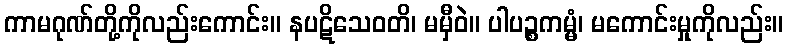
ကာမဂုဏ်တို့ကိုလည်းကောင်း။ နပဋိသေဝတိ၊ မမှီဝဲ။ ပါပဉ္စကမ္မံ၊ မကောင်းမှုကိုလည်း။